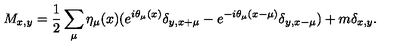
M _ { x , y } = \frac { 1 } { 2 } \sum _ { \mu } \eta _ { \mu } ( x ) ( e ^ { i \theta _ { \mu } ( x ) } \delta _ { y , x + \mu } - e ^ { - i \theta _ { \mu } ( x - \mu ) } \delta _ { y , x - \mu } ) + m \delta _ { x , y } .